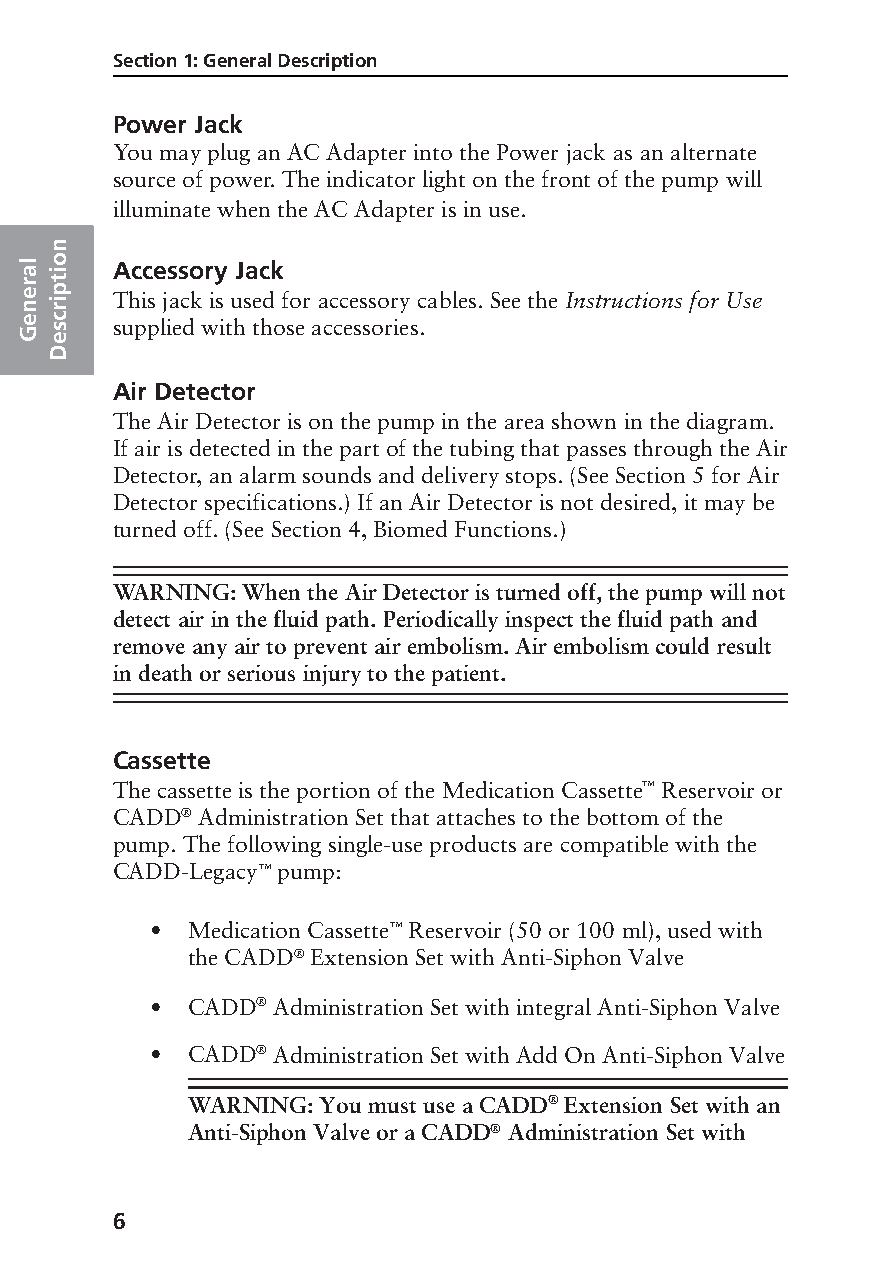
Section 1: General Description
 Power Jack
 You may plug an AC Adapter into the Power jack as an alternate
 source of power. The indicator light on the front of the pump will
 illuminate when the AC Adapter is in use.
 n
 al io Accessory Jack
 ner ript
 This jack is used for accessory cables. See the Instructions for Use
 Ge esc supplied with those accessories.
 D
 Air Detector
 The Air Detector is on the pump in the area shown in the diagram.
 If air is detected in the part of the tubing that passes through the Air
 Detector, an alarm sounds and delivery stops. (See Section 5 for Air
 Detector specifications.) If an Air Detector is not desired, it may be
 turned off. (See Section 4, Biomed Functions.)
 WARNING: When the Air Detector is turned off, the pump will not
 detect air in the fluid path. Periodically inspect the fluid path and
 remove any air to prevent air embolism. Air embolism could result
 in death or serious injury to the patient.
 Cassette
 The cassette is the portion of the Medication Cassette™ Reservoir or
 CADD® Administration Set that attaches to the bottom of the
 pump. The following single-use products are compatible with the
 CADD-Legacy™ pump:
 • Medication Cassette™ Reservoir (50 or 100 ml), used with
 the CADD® Extension Set with Anti-Siphon Valve
 • CADD® Administration Set with integral Anti-Siphon Valve
 • CADD® Administration Set with Add On Anti-Siphon Valve
 WARNING: You must use a CADD® Extension Set with an
 Anti-Siphon Valve or a CADD® Administration Set with
 6
 PROOF (LR #3086), 2000-03-16 «3935-51D Manual, Legacy 1»